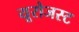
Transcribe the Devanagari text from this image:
यूरोजस्ट